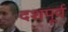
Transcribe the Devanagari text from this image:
दशपूर्व